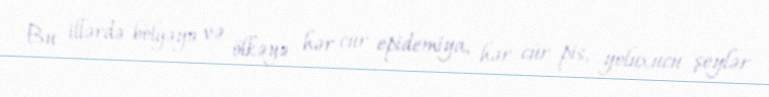
Bu illərdə bölgəyə və ölkəyə hər cür epidemiya, hər cür pis, yoluxucu şeylər